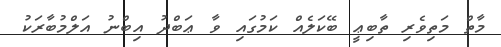
މާތް މަތިވެރި ތާބިޢީ ބޭކަލެއް ކަމުގައި ވާ ޢަބްދު އިބްނު އަލްމުބާރަކު